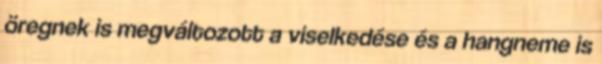
öregnek is megváltozott a viselkedése és a hangneme is